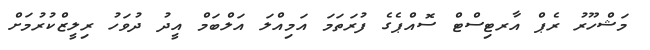
މަޝްހޫރު ރެޕް އާރޓިސްޓް ސޮއްޕެގެ ފުރަތަމަ އަމިއްލަ އަލްބަމް އީދު ދުވަހު ރިލީޒްކުރުމަށް